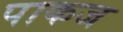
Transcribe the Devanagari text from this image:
पाकज